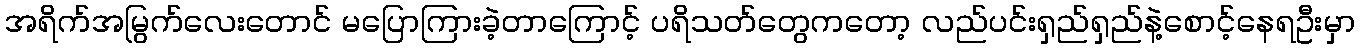
အရိက်အမြွက်လေးတောင် မပြောကြားခဲ့တာကြောင့် ပရိသတ်တွေကတော့ လည်ပင်းရှည်ရှည်နဲ့စောင့်နေရဦးမှာ